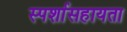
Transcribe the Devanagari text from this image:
स्पर्शासहायता